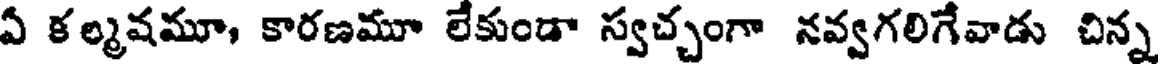
ఏ కల్మషమూ, కారణమూ లేకుండా స్వచ్చంగా నవ్వగలిగేవాడు చిన్న